Medical and sanitary report of the native army of Bengal for the year
Year: 1876
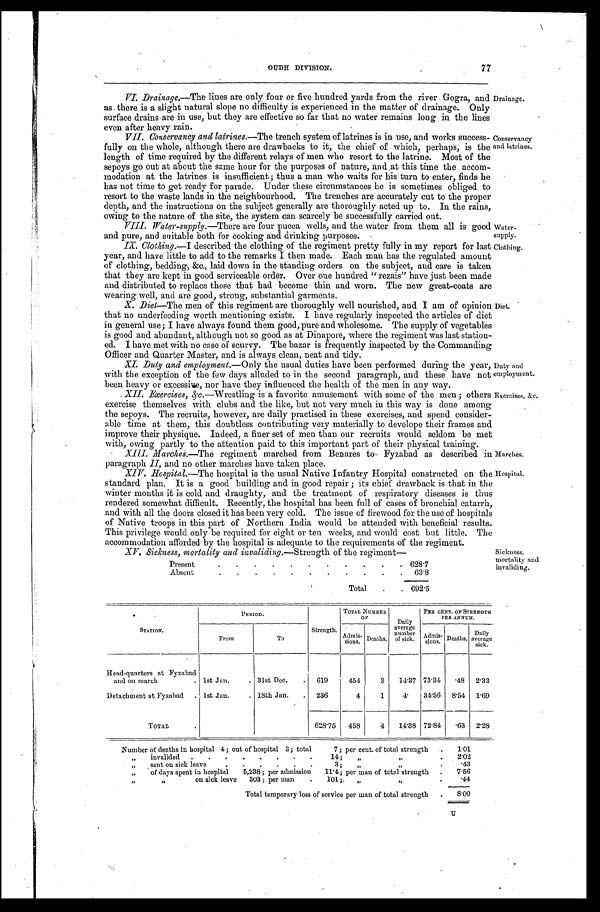
Water-
supply.
Clothing.
OUDH DIVISION. 77
VI. Drainage.— The lines are only four or five hundred yards from the river Gogra, and
as there is a slight natural slope no difficulty is experienced in the matter of drainage. Only
surface drains are in use, but they are effective so far that no water remains long in the lines
even after heavy rain.
VII. Conservancy and latrines.—The trench system of latrines is in use, and works success-
fully on the whole, although there are drawbacks to it, the chief of which, perhaps, is the
length of time required by the different relays of men who resort to the latrine. Most of the
sepoys go out at about the same hour for the purposes of nature, and at this time the accom-
modation at the latrines is insufficient ; thus a man who waits for his turn to enter, finds he
has not time to get ready for parade. Under these circumstances he is sometimes obliged to
resort to the waste lands in the neighbourhood. The trenches are accurately cut to the proper
depth, and the instructions on the subject generally are thoroughly acted up to. In the rains,
owing to the nature of the site, the system can scarcely be successfully carried out.
VIII. Water-supply. —There are four pucca wells, and the water from them all is good
and pure, and suitable both for cooking and drinking purposes.
IX. Clothing.—I described the clothing of the regiment pretty fully in my report for last
year, and have little to add to the remarks I then made. Each man has the regulated amount
of clothing, bedding, &c., laid down in the standing orders on the subject, and care is taken
that they are kept in good serviceable order. Over one hundred " rezais" have just been made
and distributed to replace those that had become thin and worn. The new great-coats are
wearing well, and are good, strong, substantial garments.
Drainage.
Conservancy
and latrines.
X. Diet—The men of this regiment are thoroughly well nourished, and I am of opinion
that no underfeeding worth mentioning exists. I have regularly inspected the articles of diet
in general use; I have always found them good, pure and wholesome. The supply of vegetables
is good and abundant, although not so good as at Dinapore, where the regiment was last station-
ed. I have met with no case of scurvy. The bazar is frequently inspected by the Commanding
Officer and Quarter Master, and is always clean, neat and tidy.
XI. Duty and employment.—Only the usual duties have been performed during the year,
with the exception of the few days alluded to in the second paragraph, and these have not
been heavy or excessive, nor have they influenced the health of the men in any way.
Diet.
Duty and
employment.
XII. Exercises, &c.— W r e s t l i n g i s a f a v o r i t e a m u s e m e n t w i t h s o m e o f t h e m e n ; o t h e r s
exercise themselves with clubs and the like, but not very much in this way is done among
the sepoys. The recruits, however, are daily practised in these exercises, and spend consider-
able time at them, this doubtless contributing very materially to develope their frames and
improve their physique. Indeed, a finer set of men than our recruits would seldom be met
with, owing partly to the attention paid to this important part of their physical training.
paragraph II, and no other marches have taken place.
Exercises, &c.
Marches.
XIV. Hospital.—The hospital is the usual Native Infantry Hospital constructed on the
standard plan. It is a good building and in good repair ; its chief drawback is that in the
winter months it is cold and draughty, and the treatment of respiratory diseases is thus
rendered somewhat difficult. Recently, the hospital has been full of cases of bronchial catarrh,
and with all the doors closed it has been very cold. The issue of firewood for the use of hospitals
of Native troops in this part of Northern India would be attended with beneficial results.
This privilege would only be required for eight or ten weeks, and would cost but little. The
accommodation afforded by the hospital is adequate to the requirements of the regiment.
Hospital.
XV. Sickness, mortality and invaliding. —Strength of the regiment—
Present
.
.
.
.
.
.
.
.
.
.
. 628.7
Absent
.
.
. .
. .
. .
.
.
. 63.8
Total
.
. 692.5
Sickness,
mortality and
invaliding.
STATION.
PERIOD.
Strength.
TOTAL NUMBER O F
Daily
average
number
of sick.
PER CENT. OF STRENGTH
PER ANNUM.
From
To
Admis-
sions. Deaths.
Admis-
sions. Deaths.
Daily
average
sick.
Head-quarters at Fyzabad
and on march
. 1st Jan.
. 31st Dec.
. 619
454
3 14.37 73.34
. 4 8 2.32
Detachment at Fyzabad . 1st Jan.
. 18th Jan. . 236
4
1
4. 34.56 8.54 1.69
TOTAL
.
628.75 458
4 14.38 72.84 .63 2.28
Number of deaths in hospital 4 ; out of hospital 3; total
7 ; per cent. of total strength
. 1 . 0 1
„ invalided . .
. . . .
.
. 14;
„ „
. 2 . 0 2
„ sent on sick leave
. . . . . .
3;
„ „
.
.43
„ of days spent in hospital
5,238; per admission 11.4; per man of total strength . 7.56
„
„ on sick leave 303; per man
. 101; „ „
.
.44
Total temporary loss of service per man of total strength
. 8 . 0 0